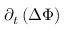
\partial _ { t } \left( \Delta \Phi \right)